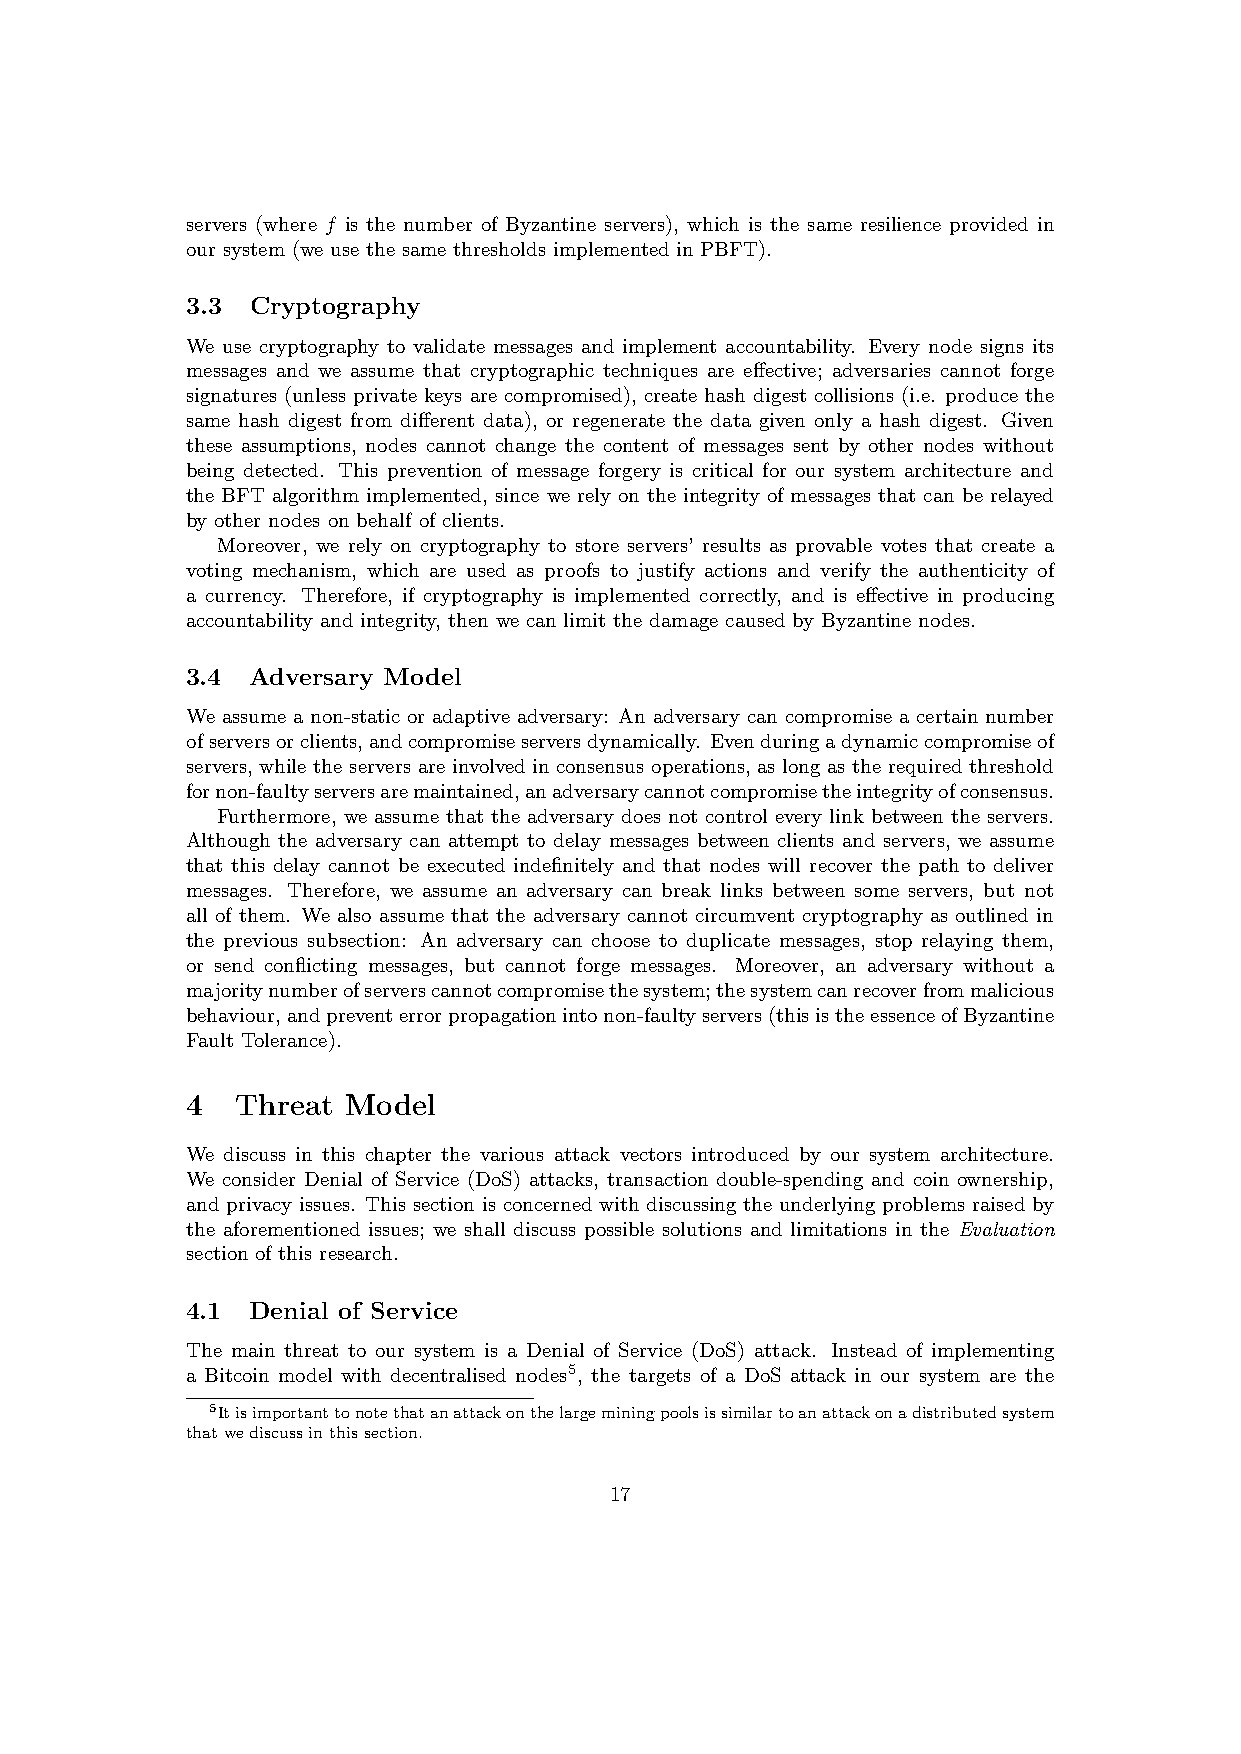
servers (where f is the number of Byzantine servers), which is the same resilience provided in
 our system (we use the same thresholds implemented in PBFT).
 3.3  Cryptography
 We use cryptography to validate messages and implement accountability. Every node signs its
 messages and we assume that cryptographic techniques are effective; adversaries cannot forge
 signatures (unless private keys are compromised), create hash digest collisions (i.e. produce the
 same hash digest from different data), or regenerate the data given only a hash digest. Given
 these assumptions, nodes cannot change the content of messages sent by other nodes without
 being detected. This prevention of message forgery is critical for our system architecture and
 the BFT algorithm implemented, since we rely on the integrity of messages that can be relayed
 by other nodes on behalf of clients.
 Moreover, we rely on cryptography to store servers’ results as provable votes that create a
 voting mechanism, which are used as proofs to justify actions and verify the authenticity of
 a currency. Therefore, if cryptography is implemented correctly, and is effective in producing
 accountability and integrity, then we can limit the damage caused by Byzantine nodes.
 3.4  Adversary Model
 We assume a non-static or adaptive adversary: An adversary can compromise a certain number
 ofserversorclients,andcompromiseserversdynamically. Evenduringadynamiccompromiseof
 servers, while the servers are involved in consensus operations, as long as the required threshold
 fornon-faultyserversaremaintained,anadversarycannotcompromisetheintegrityofconsensus.
 Furthermore, we assume that the adversary does not control every link between the servers.
 Although the adversary can attempt to delay messages between clients and servers, we assume
 that this delay cannot be executed indefinitely and that nodes will recover the path to deliver
 messages. Therefore, we assume an adversary can break links between some servers, but not
 all of them. We also assume that the adversary cannot circumvent cryptography as outlined in
 the previous subsection: An adversary can choose to duplicate messages, stop relaying them,
 or send conflicting messages, but cannot forge messages. Moreover, an adversary without a
 majoritynumberofserverscannotcompromisethesystem;thesystemcanrecoverfrommalicious
 behaviour,andpreventerrorpropagationintonon-faultyservers(thisistheessenceofByzantine
 Fault Tolerance).
 4   Threat Model
 We discuss in this chapter the various attack vectors introduced by our system architecture.
 We consider Denial of Service (DoS) attacks, transaction double-spending and coin ownership,
 and privacy issues. This section is concerned with discussing the underlying problems raised by
 the aforementioned issues; we shall discuss possible solutions and limitations in the Evaluation
 section of this research.
 4.1  Denial of Service
 The main threat to our system is a Denial of Service (DoS) attack. Instead of implementing
 a Bitcoin model with decentralised nodes5, the targets of a DoS attack in our system are the
 5Itisimportanttonotethatanattackonthelargeminingpoolsissimilartoanattackonadistributedsystem
 thatwediscussinthissection.
 17